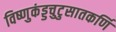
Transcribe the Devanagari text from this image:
विष्णुकंड्डचुटुसातकर्णि